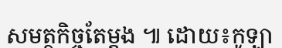
សមត្ថកិច្ចតែម្តង ៕ ដោយ៖កូឡា